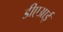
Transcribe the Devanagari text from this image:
डीएआई